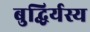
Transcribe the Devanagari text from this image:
बुद्धिर्यस्य